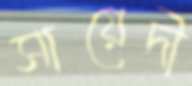
সায়েদী